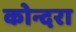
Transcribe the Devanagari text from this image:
कोन्दरा